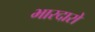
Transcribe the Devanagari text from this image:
भारदारो